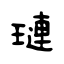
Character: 璉